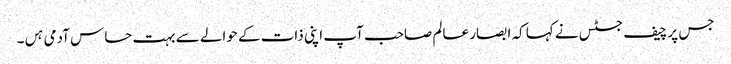
جس پر چیف جسٹس نے کہا کہ ابصار عالم صاحب آپ اپنی ذات کے حوالے سے بہت حساس آدمی ہں۔